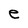
Character: e